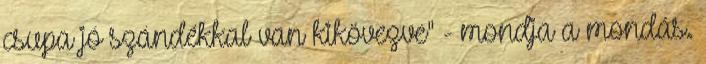
csupa jó szándékkal van kikövezve" - mondja a mondás.